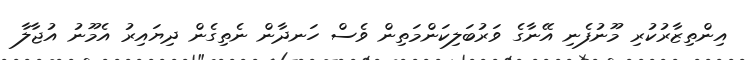
އިންތިޒާރުކުރި މޫނުފެނި އޭނާގެ ވަރުބަލިކަންމަތިން ވެސް ހަނދާން ނެތިގެން ދިޔައިރު އެމޫނު އުޖާލާ